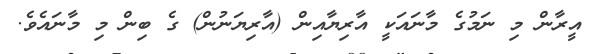
އީރާން މި ނަމުގެ މާނައަކީ އާރިޔާއިިން (އާރިޔަނުން) ގެ ބިން މި މާނައެވެ.